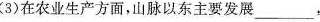
(3)在农业生产方面，山脉以东主要发展___，